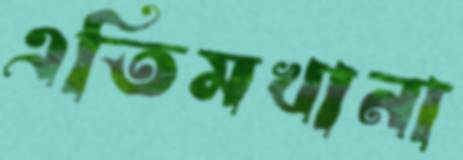
এতিমখানা